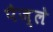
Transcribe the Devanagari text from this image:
पैज्ले